Investigations into the jail dietaries of the United Provinces with some observations on the influence of dietary on the physical development and well-being of the people of the United Provinces - Number 48
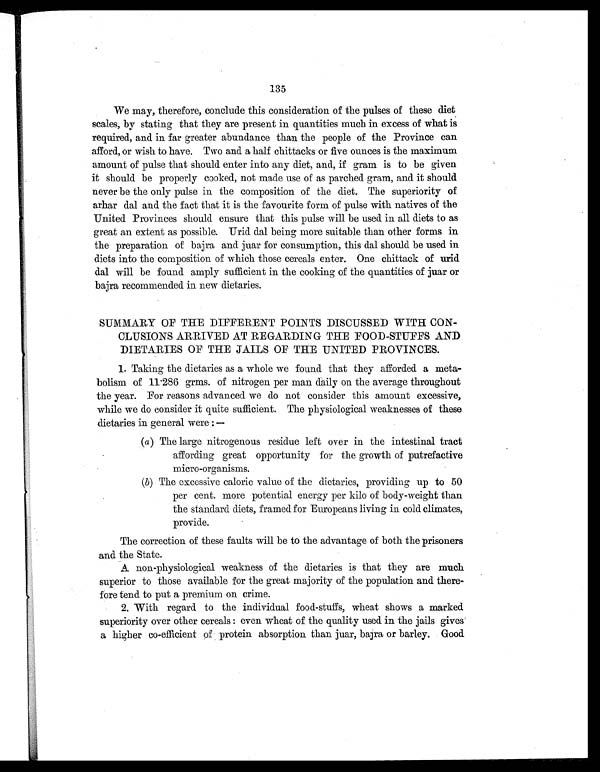
135
We may, therefore, conclude this consideration of the pulses of these diet
scales, by stating that they are present in quantities much in excess of what is
required, and in far greater abundance than the people of the Province can
afford, or wish to have. Two and a half chittacks or five ounces is the maximum
amount of pulse that should enter into any diet, and, if gram is to be given
it should be properly cooked, not made use of as parched gram, and it should
never be the only pulse in the composition of the diet. The superiority of
arhar dal and the fact that it is the favourite form of pulse with natives of the
United Provinces should ensure that this pulse will be used in all diets to as
great an extent as possible. Urid dal being more suitable than other forms in
the preparation of bajra and juar for consumption, this dal should be used in
diets into the composition of which those cereals enter. One chittack of urid
dal will be found amply sufficient in the cooking of the quantities of juar or
bajra recommended in new dietaries.
SUMMARY OF THE DIFFERENT POINTS DISCUSSED WITH CON-
CLUSIONS ARRIVED AT REGARDING THE FOOD-STUFFS AND
DIETARIES OF THE JAILS OF THE UNITED PROVINCES.
1. Taking the dietaries as a whole we found that they afforded a meta-
bolism of 11.286 grms. of nitrogen per man daily on the average throughout
the year. For reasons advanced we do not consider this amount excessive,
while we do consider it quite sufficient. The physiological weaknesses of these
dietaries in general were:—
(a) The large nitrogenous residue left over in the intestinal tract
affording great opportunity for the growth of putrefactive
micro-organisms.
(b) The excessive caloric value of the dietaries, providing up to 50
per cent. more potential energy per kilo of body-weight than
the standard diets, framed for Europeans living in cold climates,
provide.
The correction of these faults will be to the advantage of both the prisoners
and the State.
A non-physiological weakness of the dietaries is that they are much
superior to those available for the great majority of the population and there-
fore tend to put a premium on crime.
2. With regard to the individual food-stuffs, wheat shows a marked
superiority over other cereals: even wheat of the quality used in the jails gives
a higher co-efficient of protein absorption than juar, bajra or barley. Good.